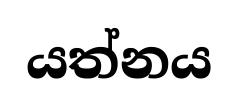
යත්නය